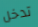
تدخل